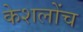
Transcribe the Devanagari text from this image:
केशलोंच